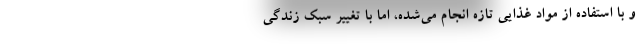
و با استفاده از مواد غذایی تازه انجام می‌شده، اما با تغییر سبک زندگی